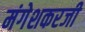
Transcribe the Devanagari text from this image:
मंगेशकरजी